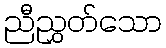
ညီညွှတ်သော